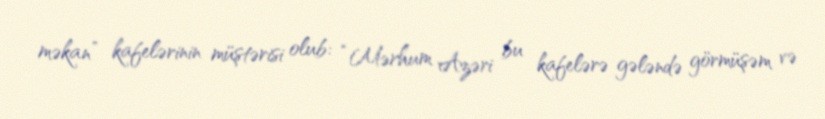
məkan” kafelərinin müştərisi olub: “Mərhum Azəri bu kafelərə gələndə görmüşəm və